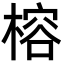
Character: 榕